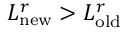
L _ { \mathrm { n e w } } ^ { r } > L _ { \mathrm { o l d } } ^ { r }